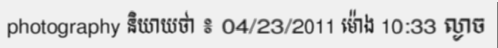
photography និយាយថា ៖ 04/23/2011 ម៉ោង 10:33 ល្ងាច